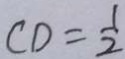
C D = \frac { 1 } { 2 }